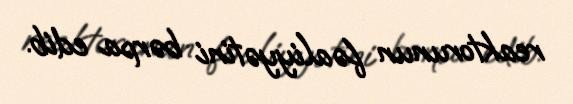
reaktorunun fəaliyyətini bərpa edib.